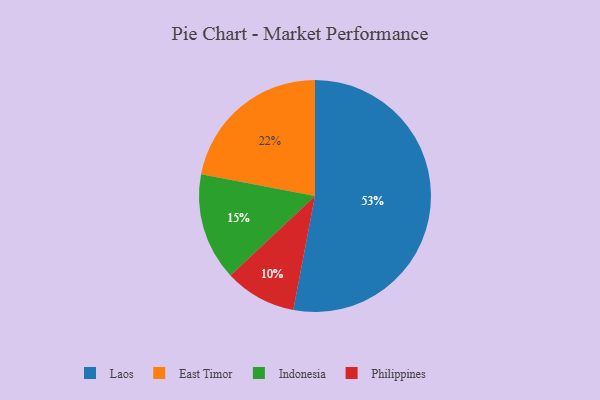
{"axis": {"x": "Category", "y": "Percentage"}, "legend": ["East Timor", "Indonesia", "Laos", "Philippines"], "data": [{"x": "Laos", "y": 53, "type": "Laos"}, {"x": "Philippines", "y": 10, "type": "Philippines"}, {"x": "East Timor", "y": 22, "type": "East Timor"}, {"x": "Indonesia", "y": 15, "type": "Indonesia"}]}